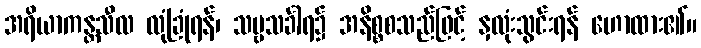
အရိယာကန္တသီလ လုံခြုံရန်၊ သဗ္ဗသင်္ခါရ၌ အနိစ္စစသည်ဖြင့် နှလုံးသွင်းရန် ဟောထား၏။